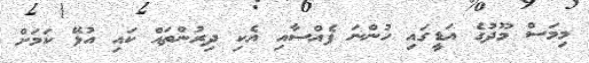
މިމަސް މޫދުގެ އަޑީގައި ހުންނަ ފެއްސާއި އެކި ދިރުންތައް ކައި އުޅޭ ކަމަށް